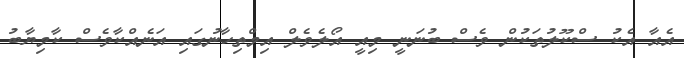
އެއާ އެކު ސްކޫލުތަކުން ވެސް ބުނަނީ މިއީ އޯލެވެލް އިމްތިހާނުގައި އަނެއްކާވެސް ކާމިޔާބު